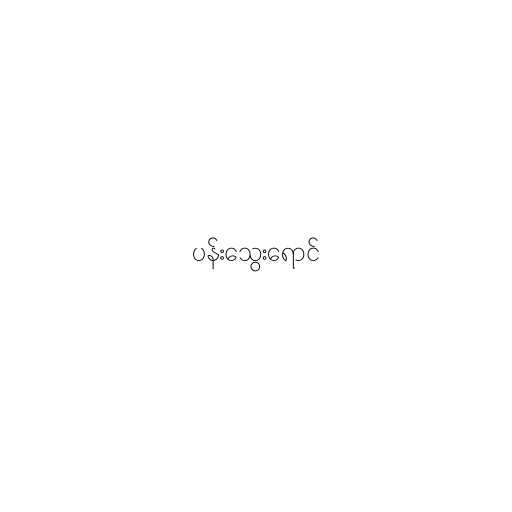
ပန်းသွေးရောင်